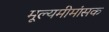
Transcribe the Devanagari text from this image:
मूल्यमीमांसक